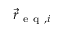
\vec { r } _ { \mathrm { ~ e ~ q ~ } , i }